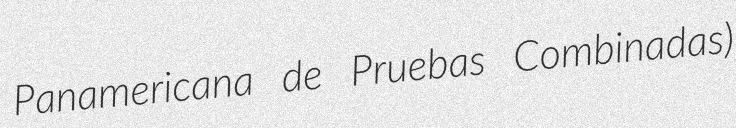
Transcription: Panamericana de Pruebas Combinadas)